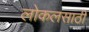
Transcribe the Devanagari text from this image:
लोकलसाठी